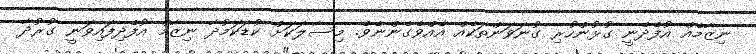
ނިޒާމެއް އުފެދެނީ ގުޅުންހުރި ގުނަވަންތަކެއް އެއްވެގެންނެވެ. މިސާލަކަށް ކުޑަކަމުދާ ނިޒާމް އުފެދިފައިވަނީ ގުރުދާ